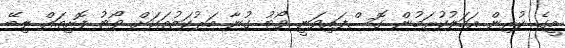
މީގެ ކުރިން އަމަލުކުރަމުން ގޮސްފައިވަނީ ވޯޓު ގުނާ މަރުކަޒުތަކަށް ވޯޓު ފޮށިތައް ލިބޭ